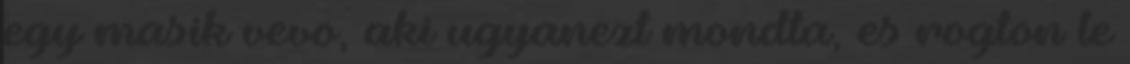
egy masik vevo, aki ugyanezt mondta, es rogton le